画像に写った文字を読んでください
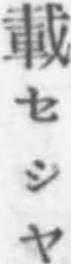
「載セシヤ」と書いてあります